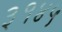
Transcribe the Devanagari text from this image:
३१४५